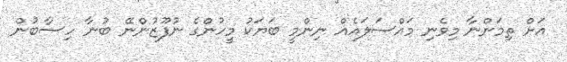
އަށް ތިމަންނާ މިވެނި މައްސަލައެއް ނިންމީ ބަޔަކު މީހުންގެ ނުފޫޒުންނޭ ބުނާ ހިސާބުން